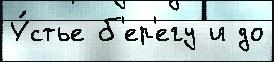
У́стье б'ер'егу и до